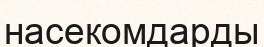
насекомдарды